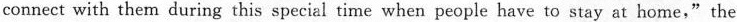
connect with them during this special time when people have to stay at home,"the